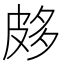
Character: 𤿦